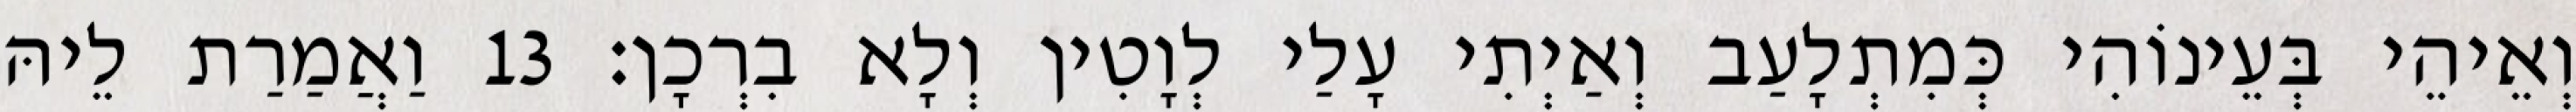
וְאֵיהֵי בְּעֵינוֹהִי כְּמִתְלָעַב וְאַיְתִי עָלַי לְוָטִין וְלָא בִרְכָן׃ 13 וַאֲמַרַת לֵיהּ